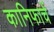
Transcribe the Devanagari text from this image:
कानिफाचें